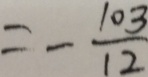
= - \frac { 1 0 3 } { 1 2 }